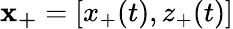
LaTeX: \mathbf{x_{+}}=[x_{+}(t),z_{+}(t)]